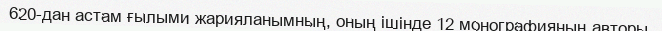
620-дан астам ғылыми жарияланымның, оның ішінде 12 монографияның авторы.